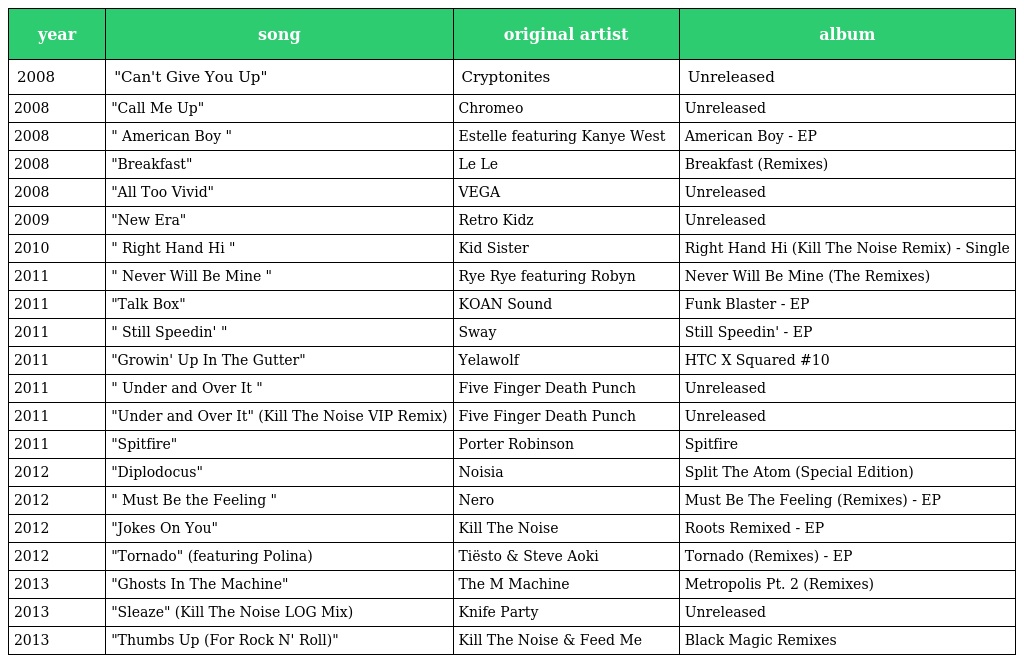
| year | song | original artist | album |
 | --- | --- | --- | --- |
 | 2008 | "Can't Give You Up" | Cryptonites | Unreleased |
 | 2008 | "Call Me Up" | Chromeo | Unreleased |
 | 2008 | " American Boy " | Estelle featuring Kanye West | American Boy - EP |
 | 2008 | "Breakfast" | Le Le | Breakfast (Remixes) |
 | 2008 | "All Too Vivid" | VEGA | Unreleased |
 | 2009 | "New Era" | Retro Kidz | Unreleased |
 | 2010 | " Right Hand Hi " | Kid Sister | Right Hand Hi (Kill The Noise Remix) - Single |
 | 2011 | " Never Will Be Mine " | Rye Rye featuring Robyn | Never Will Be Mine (The Remixes) |
 | 2011 | "Talk Box" | KOAN Sound | Funk Blaster - EP |
 | 2011 | " Still Speedin' " | Sway | Still Speedin' - EP |
 | 2011 | "Growin' Up In The Gutter" | Yelawolf | HTC X Squared #10 |
 | 2011 | " Under and Over It " | Five Finger Death Punch | Unreleased |
 | 2011 | "Under and Over It" (Kill The Noise VIP Remix) | Five Finger Death Punch | Unreleased |
 | 2011 | "Spitfire" | Porter Robinson | Spitfire |
 | 2012 | "Diplodocus" | Noisia | Split The Atom (Special Edition) |
 | 2012 | " Must Be the Feeling " | Nero | Must Be The Feeling (Remixes) - EP |
 | 2012 | "Jokes On You" | Kill The Noise | Roots Remixed - EP |
 | 2012 | "Tornado" (featuring Polina) | Tiësto & Steve Aoki | Tornado (Remixes) - EP |
 | 2013 | "Ghosts In The Machine" | The M Machine | Metropolis Pt. 2 (Remixes) |
 | 2013 | "Sleaze" (Kill The Noise LOG Mix) | Knife Party | Unreleased |
 | 2013 | "Thumbs Up (For Rock N' Roll)" | Kill The Noise & Feed Me | Black Magic Remixes |